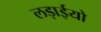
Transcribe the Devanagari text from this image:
लड़ाईयो